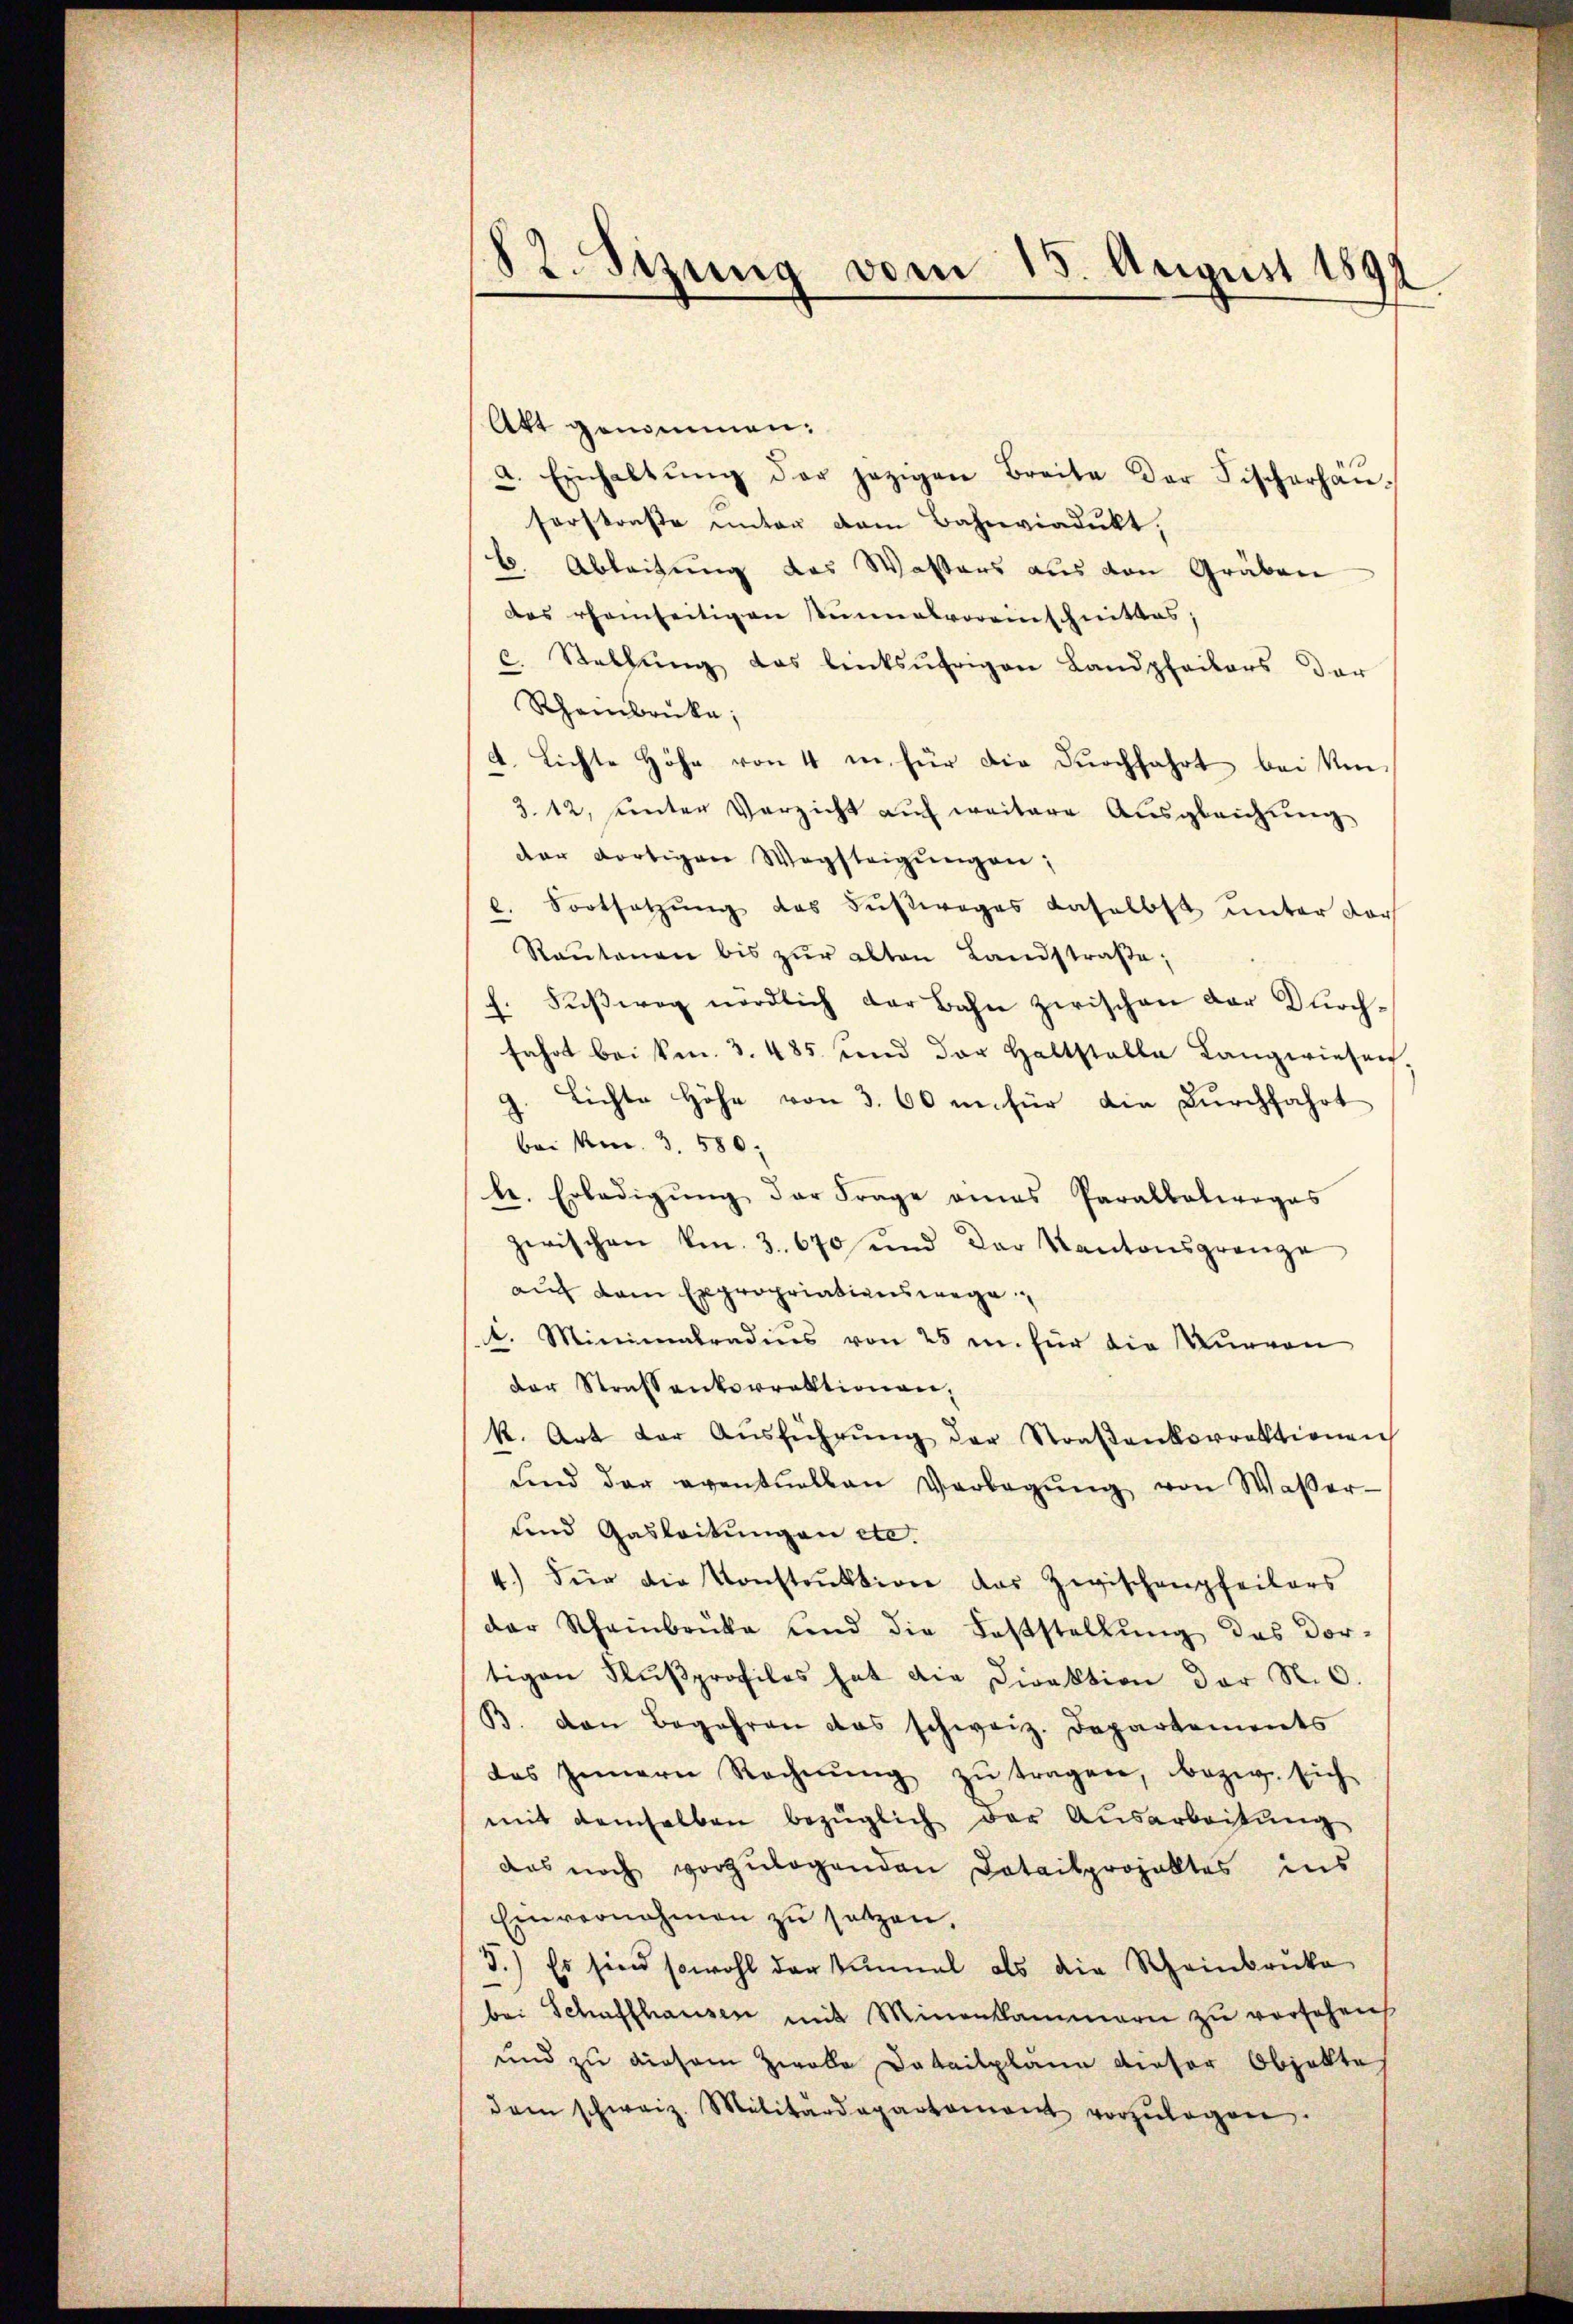
s
82. Sizung vom 15. August 1891

Att genommen:
a. Einhaltŭng der jezigen Breite der Fischerhan-
forstraße unter vom Bahnviadukt,
b. Ableitung das Wassers aus den Gräben
das eherseitigen Stimnalvoreinschnittes,
c. Stellŭng das linksufrigen Landpfeilers der
Rheinbrücke,
d. Lichte Höhe von 4 in für die Durchfahrt bei Ue-
3. 12, unter Verzicht auf weitere Ausgleichŭng
der dortigen Wegstrigŭngen;
l. Fortsetzung des Fußweges daselbst unter doch
Raŭtanen bis zŭr alten Landstraβe,
Fŭβweg nördlich der Bahn zwischen dar Durchfahrt bei kn. 3. 485 und der haltstalle Langwiesen.
g. Lichte Höhe von 3. 60 in für die Durchfahrt
bei Am. 3. 580.
le. Erledigŭng der Frage eines Parallativogas
zwischen kn. 3. 670 und der Kantonsgrenze
aŭf dem Expropriationswege
1. Minimatradius von 25 u. für die Nievon
der Strassenvorrektionen,
k. Art der Aŭsführŭng der Straβenkorrektionen
ŭnd der eventuellen Verbegŭng von Waßer-
und Gasleitungen etc.
4.) Für die Konstrŭktion des Zwischenpfeilers
der Scheinbrüke und die Feststellŭng des Dor-
tigen Flŭβprofilos hat die Direktion der N.O.
B. von Begehren das schweiz. Departements
das Innern Rechnŭng zŭ tragen, bezige sich
mit demselben bezüglich der Ausarbeitung
das noch vorzŭlegenden Datailprojektes ins
Einvernahmen zu setzen.
3.) Es sind sowohl der einmal als die Scheinbruke
bei Schaffhausen mit Minenkammern zu versehen
und zu diesem Zwolle Detailplane dieser Objekte
dem schweiz. Militärdepartement vorzŭlegen.